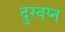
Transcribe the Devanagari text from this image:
दुस्वप्न